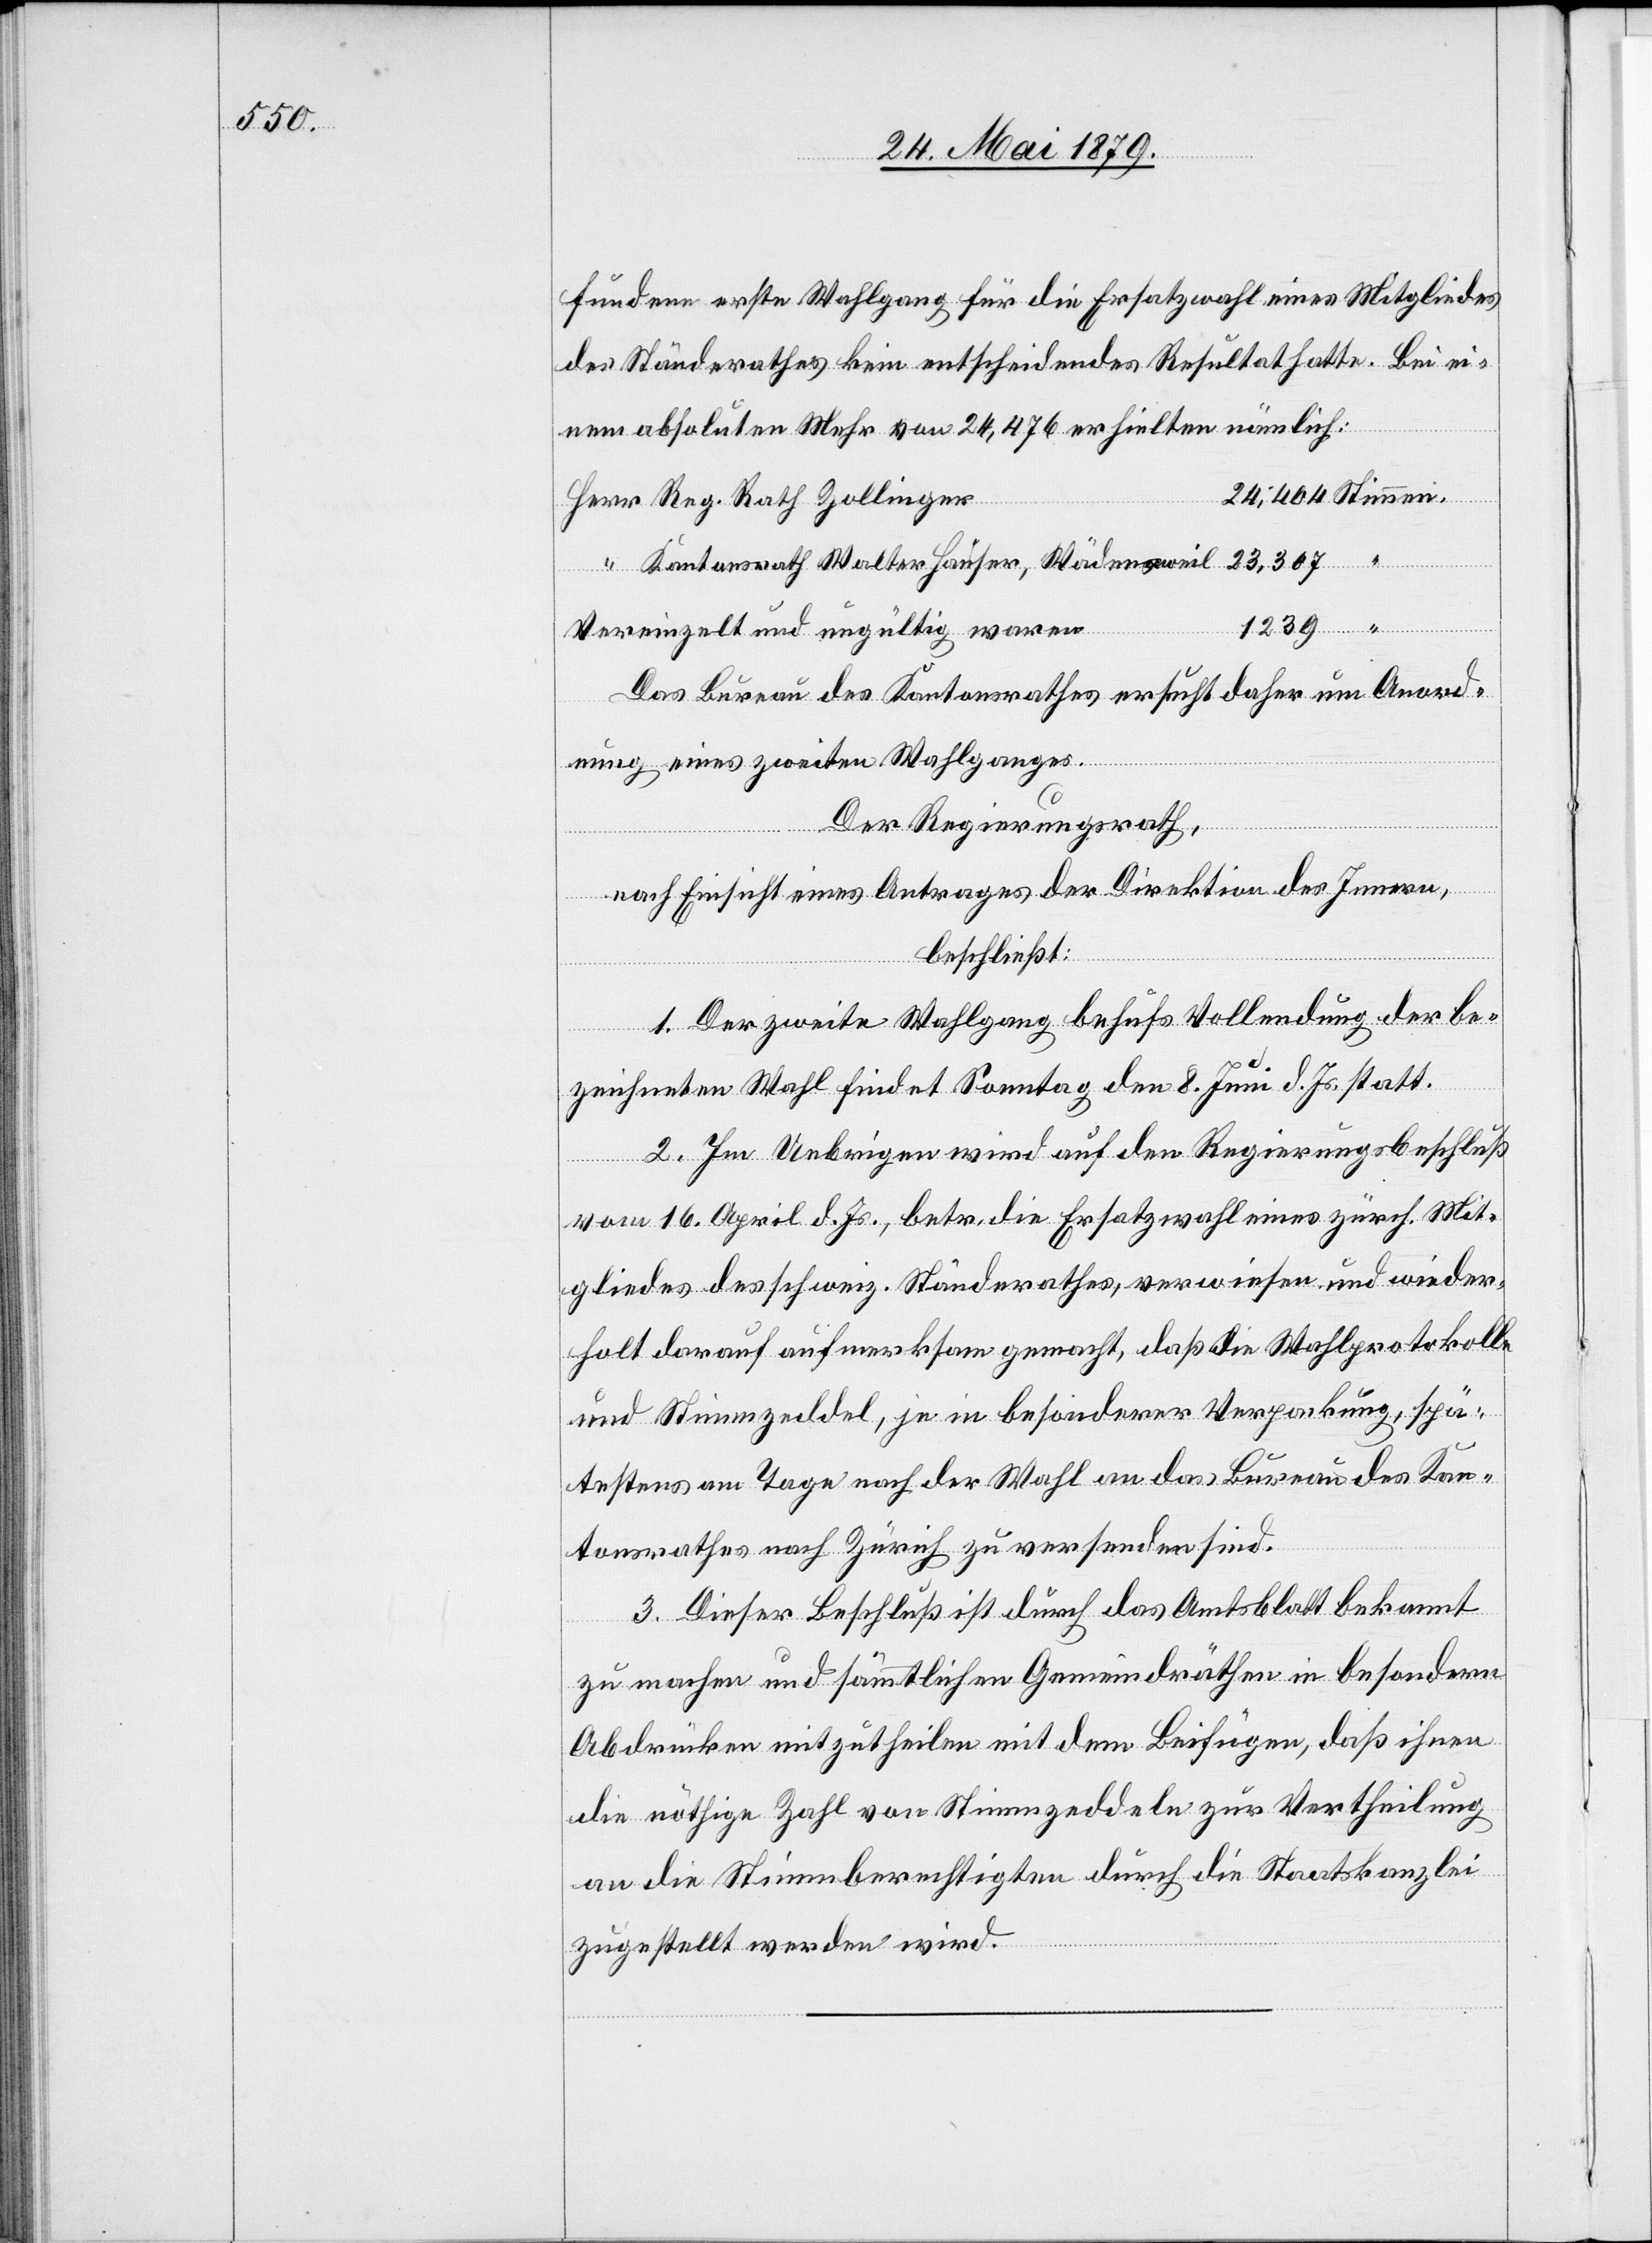
fundene erste Wahlgang für die Ersatzwahl eines Mitgliedes
des Ständerathes kein entscheidendes Resultat hatte. Bei ei¬
nem absoluten Mehr von 24,476 erhielten nämlich:
Stimmen.
Kantonsrath Walter Hauser, Wädensweil
Vereinzelt und ungültig waren
Das Bureau des Kantonsrathes ersucht daher um Anord¬
nung eines zweiten Wahlganges.
Der Regierungsrath,
nach Einsicht eines Antrages der Direktion des Innern,
beschließt:
1. Der zweite Wahlgang behufs Vollendung der be¬
zeichneten Wahl findet Sonntag den 8. Juni d. Js. statt.
2. Im Uebrigen wird auf den Regierungsbeschluß
vom 16. April d. Js., betr. die Ersatzwahl eines zürch. Mit¬
gliedes des schweiz. Ständerathes, verwiesen und wieder¬
holt darauf aufmerksam gemacht, daß die Wahlprotokolle
und Stimmzeddel, je in besonderer Verpackung, spä¬
testens am Tage nach der Wahl an das Bureau des Kan¬
tonsrathes nach Zürich zu versenden sind.
3. Dieser Beschluß ist durch das Amtsblatt bekannt
“
zu machen und sämmtlichen Gemeindräthen in besondern
Abdrücken mitzutheilen mit dem Beifügen, daß ihnen
die nöthige Zahl von Stimmzeddeln zur Vertheilung
an die Stimmberechtigten durch die Staatskanzlei
zugestellt werden wird.